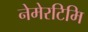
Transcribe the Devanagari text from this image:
नेमेरटिमि